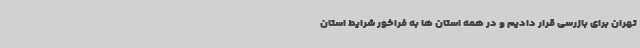
تهران برای بازرسی قرار دادیم و در همه استان ها به فراخور شرایط استان